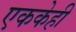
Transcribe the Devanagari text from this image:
एककेही